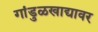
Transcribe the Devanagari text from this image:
गांडुळखाद्यावर